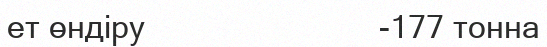
ет өндіру                          -177 тонна